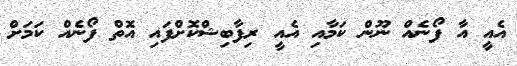
އެއީ އާ ފޯނެއް ނޫން ކަމާއި އެއީ ރިފާބިޝްކޮށްފައި އޮތް ފޯނެއް ކަމަށް